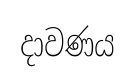
දාවණය